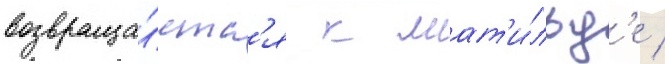
возвраща́етс'я к мат'и́льд'е /